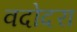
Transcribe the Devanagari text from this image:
वदोदरा